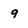
Character: 9